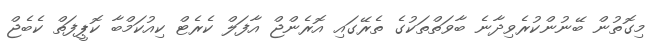
މިގޮތުން ބޭނުންކުރެވިދާނެ ބާވަތްތަކުގެ ތެރޭގައި އޮރެންޖް އާފަލް ކެރެޓް ކިއުކަމްބާ ކޮޕީފަތް ކެބެޖް